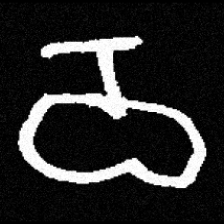
Pyu character \u2014 Myanmar letter: ဝ (romanized: wa)